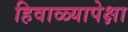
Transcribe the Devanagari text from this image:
हिवाळ्यापेक्षा